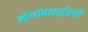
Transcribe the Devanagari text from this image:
मोनॉक्साईडची